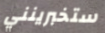
ستخبرينني